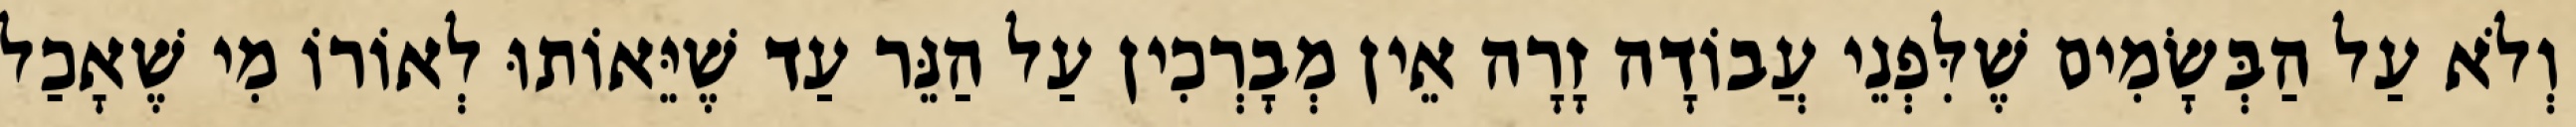
וְלֹא עַל הַבְּשָׂמִים שֶׁלִּפְנֵי עֲבוֹדָה זָרָה אֵין מְבָרְכִין עַל הַנֵּר עַד שֶׁיֵּאוֹתוּ לְאוֹרוֹ מִי שֶׁאָכַל